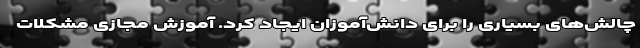
چالش‌های بسیاری را برای دانش‌آموزان ایجاد کرد. آموزش مجازی مشکلات